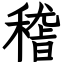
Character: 稽